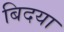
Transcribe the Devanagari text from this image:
बिदया